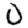
Digit: 0